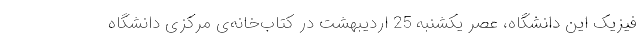
فیزیک این دانشگاه، عصر یکشنبه 25 اردیبهشت در کتاب‌خانه‌ی مرکزی دانشگاه